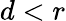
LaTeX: d<r